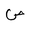
Letter: _sad